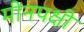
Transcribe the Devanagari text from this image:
मीनपक्षी